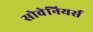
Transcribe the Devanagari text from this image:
सोवेनियर्स